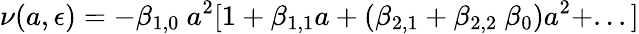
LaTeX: \nu(a,\epsilon)=-\beta_{1,0}\ a^{2}[1+\beta_{1,1}a+(\beta_{2,1}+\beta_{2,2}\ \beta_{0})a^{2}+...]